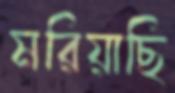
মরিয়াছি